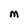
Character: M